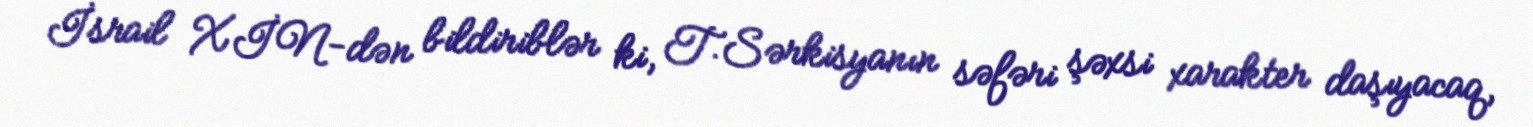
İsrail XİN-dən bildiriblər ki, T.Sərkisyanın səfəri şəxsi xarakter daşıyacaq,